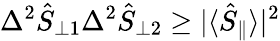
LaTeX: \Delta^{2}\hat{S}_{\perp 1}\Delta^{2}\hat{S}_{\perp 2}\geq|\langle\hat{S}_{\parallel}\rangle|^{2}